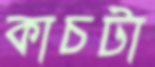
কাচটা